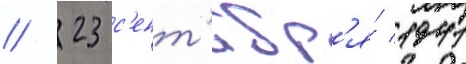
// 23 с'ент'ябр'я́ 1941